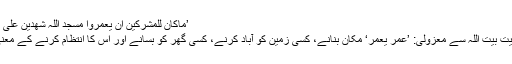
’مَاکَانَ لِلْمُشْرِکِیْنَ اَنْ یَّعْمُرُوْا مَسٰجِدَ اللّٰہِ شٰھِدِیْنَ عَلٰٓی اَنْفُسِھِمْ بِالْکُفْرِ‘
قریش کی تولیت بیت اللہ سے معزولی: ’عَمَرَ یَعْمُرُ‘ مکان بنانے، کسی زمین کو آباد کرنے، کسی گھر کو بسانے اور اس کا انتظام کرنے کے معنی میں آتا ہے۔